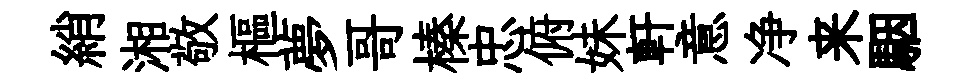
綃湘敬樞夢哥榛忠俯妹軒意净来駰